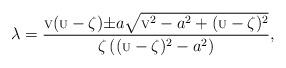
LaTeX: \begin{align*}\lambda=\frac{\mbox{\scriptsize{V}}(\mbox{\scriptsize{U}}-\zeta){\pm}a{\sqrt{\mbox{\scriptsize{V}}^2-a^2+(\mbox{\scriptsize{U}}-\zeta)^2}}}{{\zeta}\left((\mbox{\scriptsize{U}}-\zeta)^2-a^2\right)},\end{align*}